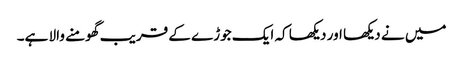
میں نے دیکھا اور دیکھا کہ ایک جوڑے کے قریب گھومنے والا ہے۔